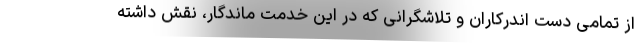
از تمامی دست اندرکاران و تلاشگرانی که در این خدمت ماندگار، نقش داشته